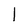
Character: l